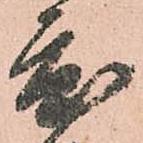
度